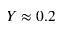
Y \approx 0 . 2